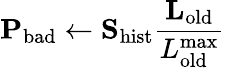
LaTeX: \mathbf{P}_{\mathrm{bad}}\leftarrow\mathbf{S}_{\mathrm{hist}}\frac{\mathbf{L}_{\mathrm{old}}}{L_{\mathrm{old}}^{\mathrm{max}}}